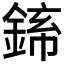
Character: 𬫪